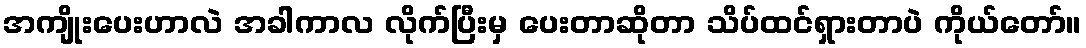
အကျိုးပေးဟာလဲ အခါကာလ လိုက်ပြီးမှ ပေးတာဆိုတာ သိပ်ထင်ရှားတာပဲ ကိုယ်တော်။